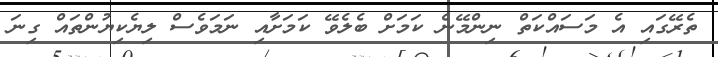
ތެރޭގައި އެ މަސައްކަތް ނިންމޭނެ ކަމަށް ބެލެވޭ ކަމަށާއި ނަމަވެސް ލިޔެކިޔުންތައް ގިނަ